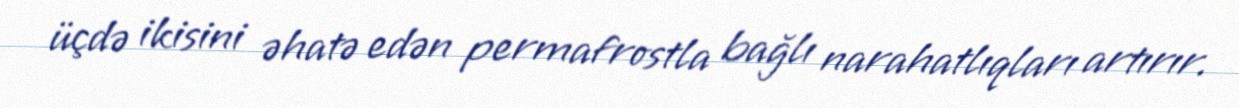
üçdə ikisini əhatə edən permafrostla bağlı narahatlıqları artırır.